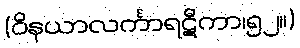
(ဝိနယာလင်္ကာရဋီကာ၊၅၂။)